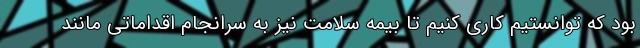
بود که توانستیم کاری کنیم تا بیمه سلامت نیز به سرانجام اقداماتی مانند